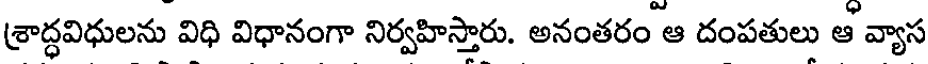
శ్రాద్ధవిధులను విధి విధానంగా నిర్వహిస్తారు. అనంతరం ఆ దంపతులు ఆ వ్యాస